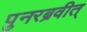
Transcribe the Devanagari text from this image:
पुनरब्रवीत्